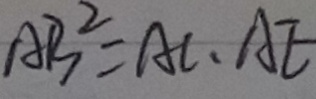
A B ^ { 2 } = A C \cdot A E